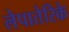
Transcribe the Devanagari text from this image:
लेपातेरिके